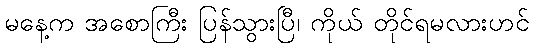
မနေ့က အစောကြီး ပြန်သွားပြီ၊ ကိုယ် တိုင်ရမလားဟင်